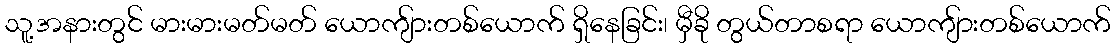
သူ့အနားတွင် မားမားမတ်မတ် ယောကျ်ားတစ်ယောက် ရှိနေခြင်း၊ မှီခို တွယ်တာစရာ ယောကျ်ားတစ်ယောက်